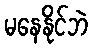
မနေနိုင်ဘဲ